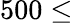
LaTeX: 500\leq